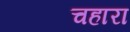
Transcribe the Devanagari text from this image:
चहारा